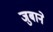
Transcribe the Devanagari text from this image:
जुबाने